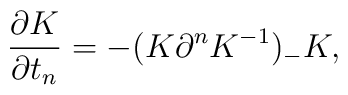
\frac{\partial K}{\partial t_n} = -( K \partial^n K^{-1} )_- K,